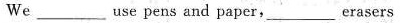
We ___use pens and paper,___ erasers